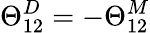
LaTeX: \Theta_{12}^{D}=-\Theta_{12}^{M}